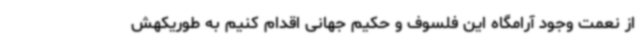
از نعمت وجود آرامگاه این فلسوف و حکیم جهانی اقدام کنیم به طوریکهش